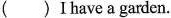
( )Ihave a garden.